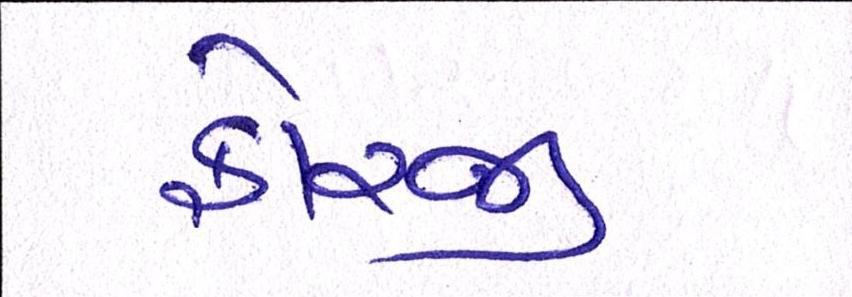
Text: ફોરજી